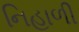
નિહાળી